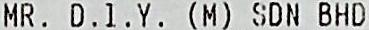
MR. D.I.Y. (M) SDN BHD